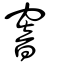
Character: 窨